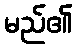
မည်၏